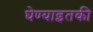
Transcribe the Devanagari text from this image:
घेण्याइतकी